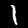
Digit: 1